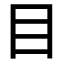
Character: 目